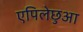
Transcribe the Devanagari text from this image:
एपिलेछुआ